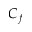
C _ { f }